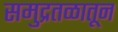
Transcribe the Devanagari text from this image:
समुद्रतळातून